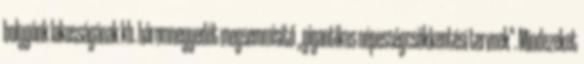
bolygónk lakosságának kb. háromnegyedét megsemmisítő ,,gigantikus népességcsökkentési tervnek". Mindezeket